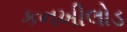
કનખીલોડ